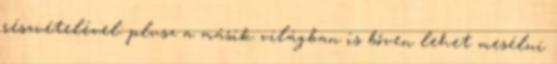
részvételével: plusz a másik világban is bőven lehet mesélni